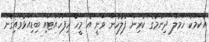
އެކަމަކު ހަމަލާ ދިނުމުގެ ކުރިން ފުލުހުން ވަނީ އެ މީހާ ހިފަހައްޓައި ބިޑިއަޅުވައިގެން